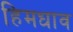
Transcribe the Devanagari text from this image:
हिमधाव